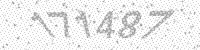
Solution: 171487